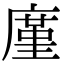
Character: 廑